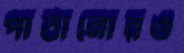
পাঠানোরও